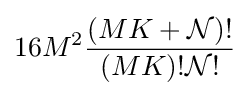
16M^{2}{\frac {\left(MK+{\mathcal {N}}\right)!}{\left(MK\right)!{\mathcal {N}}!}}